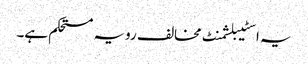
یہ اسٹیبلشمنٹ مخالف رویہ مستحکم ہے۔